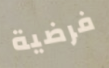
فرضية